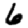
Digit: 6